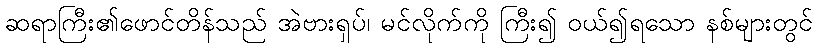
ဆရာကြီး၏ဖောင်တိန်သည် အဲဗားရှပ်၊ မင်လိုက်ကို ကြီး၍ ဝယ်၍ရသော နစ်များတွင်